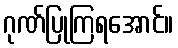
ဂုဏ်ပြုကြရအောင်။